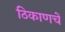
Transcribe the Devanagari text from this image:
ठिकाणचें